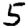
Digit: 5